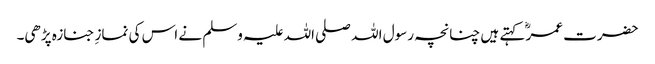
حضرت عمرؓ کہتے ہیں چنانچہ رسول اللہ صلی اللہ علیہ وسلم نے اس کی نمازِ جنازہ پڑھی۔